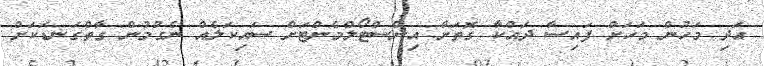
އަދި މަހުން މަހަށް ފައިސާ ދައްކާ ގޮތަށް އިންސްޓޯލްމެންޓަށް ސައިކަލެއް ނެގުމުން ގާތްގަނޑަކަށް